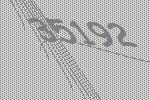
35192